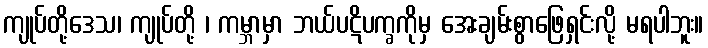
ကျုပ်တို့ဒေသ၊ ကျုပ်တို့ ၊ ကမ္ဘာမှာ ဘယ်ပဋိပက္ခကိုမှ အေးချမ်းစွာဖြေရှင်းလို့ မရပါဘူး။